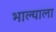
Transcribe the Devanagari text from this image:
भाल्याला